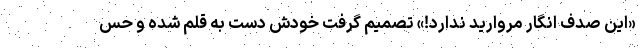
«این صدف انگار مروارید ندارد!» تصمیم گرفت خودش دست به قلم شده و حس